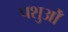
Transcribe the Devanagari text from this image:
पशुओँ